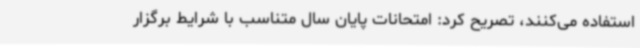
استفاده می‌کنند، تصریح کرد: امتحانات پایان سال متناسب با شرایط برگزار